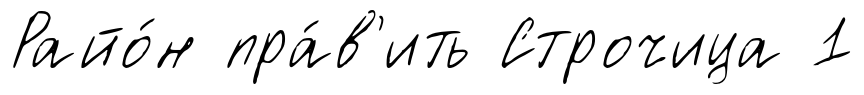
Райо́н пра́в'ить Строчица 1